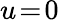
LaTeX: u\! =\! 0